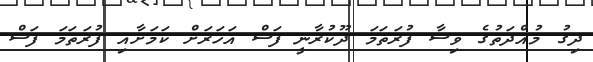
ދިގު މުއްދަތުގެ ވިސާ ފުރަތަމަ ދޫކުރާނީ ފަސް އަހަރަށް ކަމަށާއި ފުރަތަމަ ފަސް